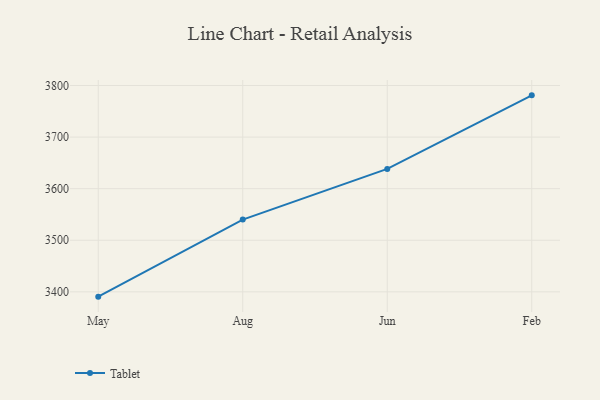
{"axis": {"x": "Month", "y": "Latency (ms)"}, "legend": ["Tablet"], "data": [{"x": "May", "y": 3390.7, "type": "Tablet"}, {"x": "Aug", "y": 3540.1, "type": "Tablet"}, {"x": "Jun", "y": 3638.3, "type": "Tablet"}, {"x": "Feb", "y": 3780.9, "type": "Tablet"}]}